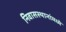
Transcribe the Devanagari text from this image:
निवासस्थानांमध्ये